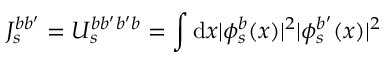
J _ { s } ^ { b b ^ { \prime } } = U _ { s } ^ { b b ^ { \prime } b ^ { \prime } b } = \int \mathrm { d } x | \phi _ { s } ^ { b } ( x ) | ^ { 2 } | \phi _ { s } ^ { b ^ { \prime } } ( x ) | ^ { 2 }